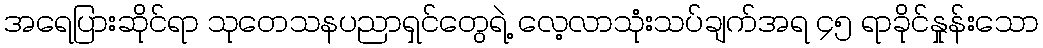
အရေပြားဆိုင်ရာ သုတေသနပညာရှင်တွေရဲ့ လေ့လာသုံးသပ်ချက်အရ ၄၅ ရာခိုင်နှုန်းသော